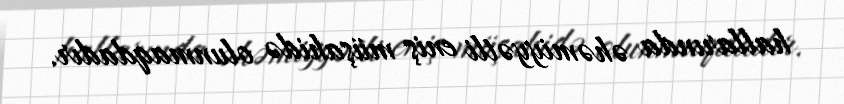
hallarında əhəmiyyətli eniş müşahidə olunmaqdadır.